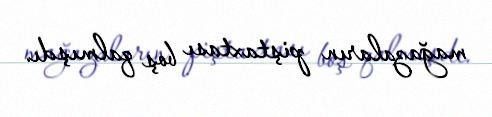
mağazaların piştaxtası boş qalmışdı.